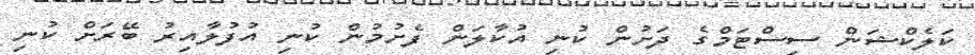
ކަލެކްޝަން ސިސްޓަމްގެ ދަށުން ކުނި އުކާލަން ފެށުމުން ކުނި އުފުލާއިރު ބޭރަށް ކުނި